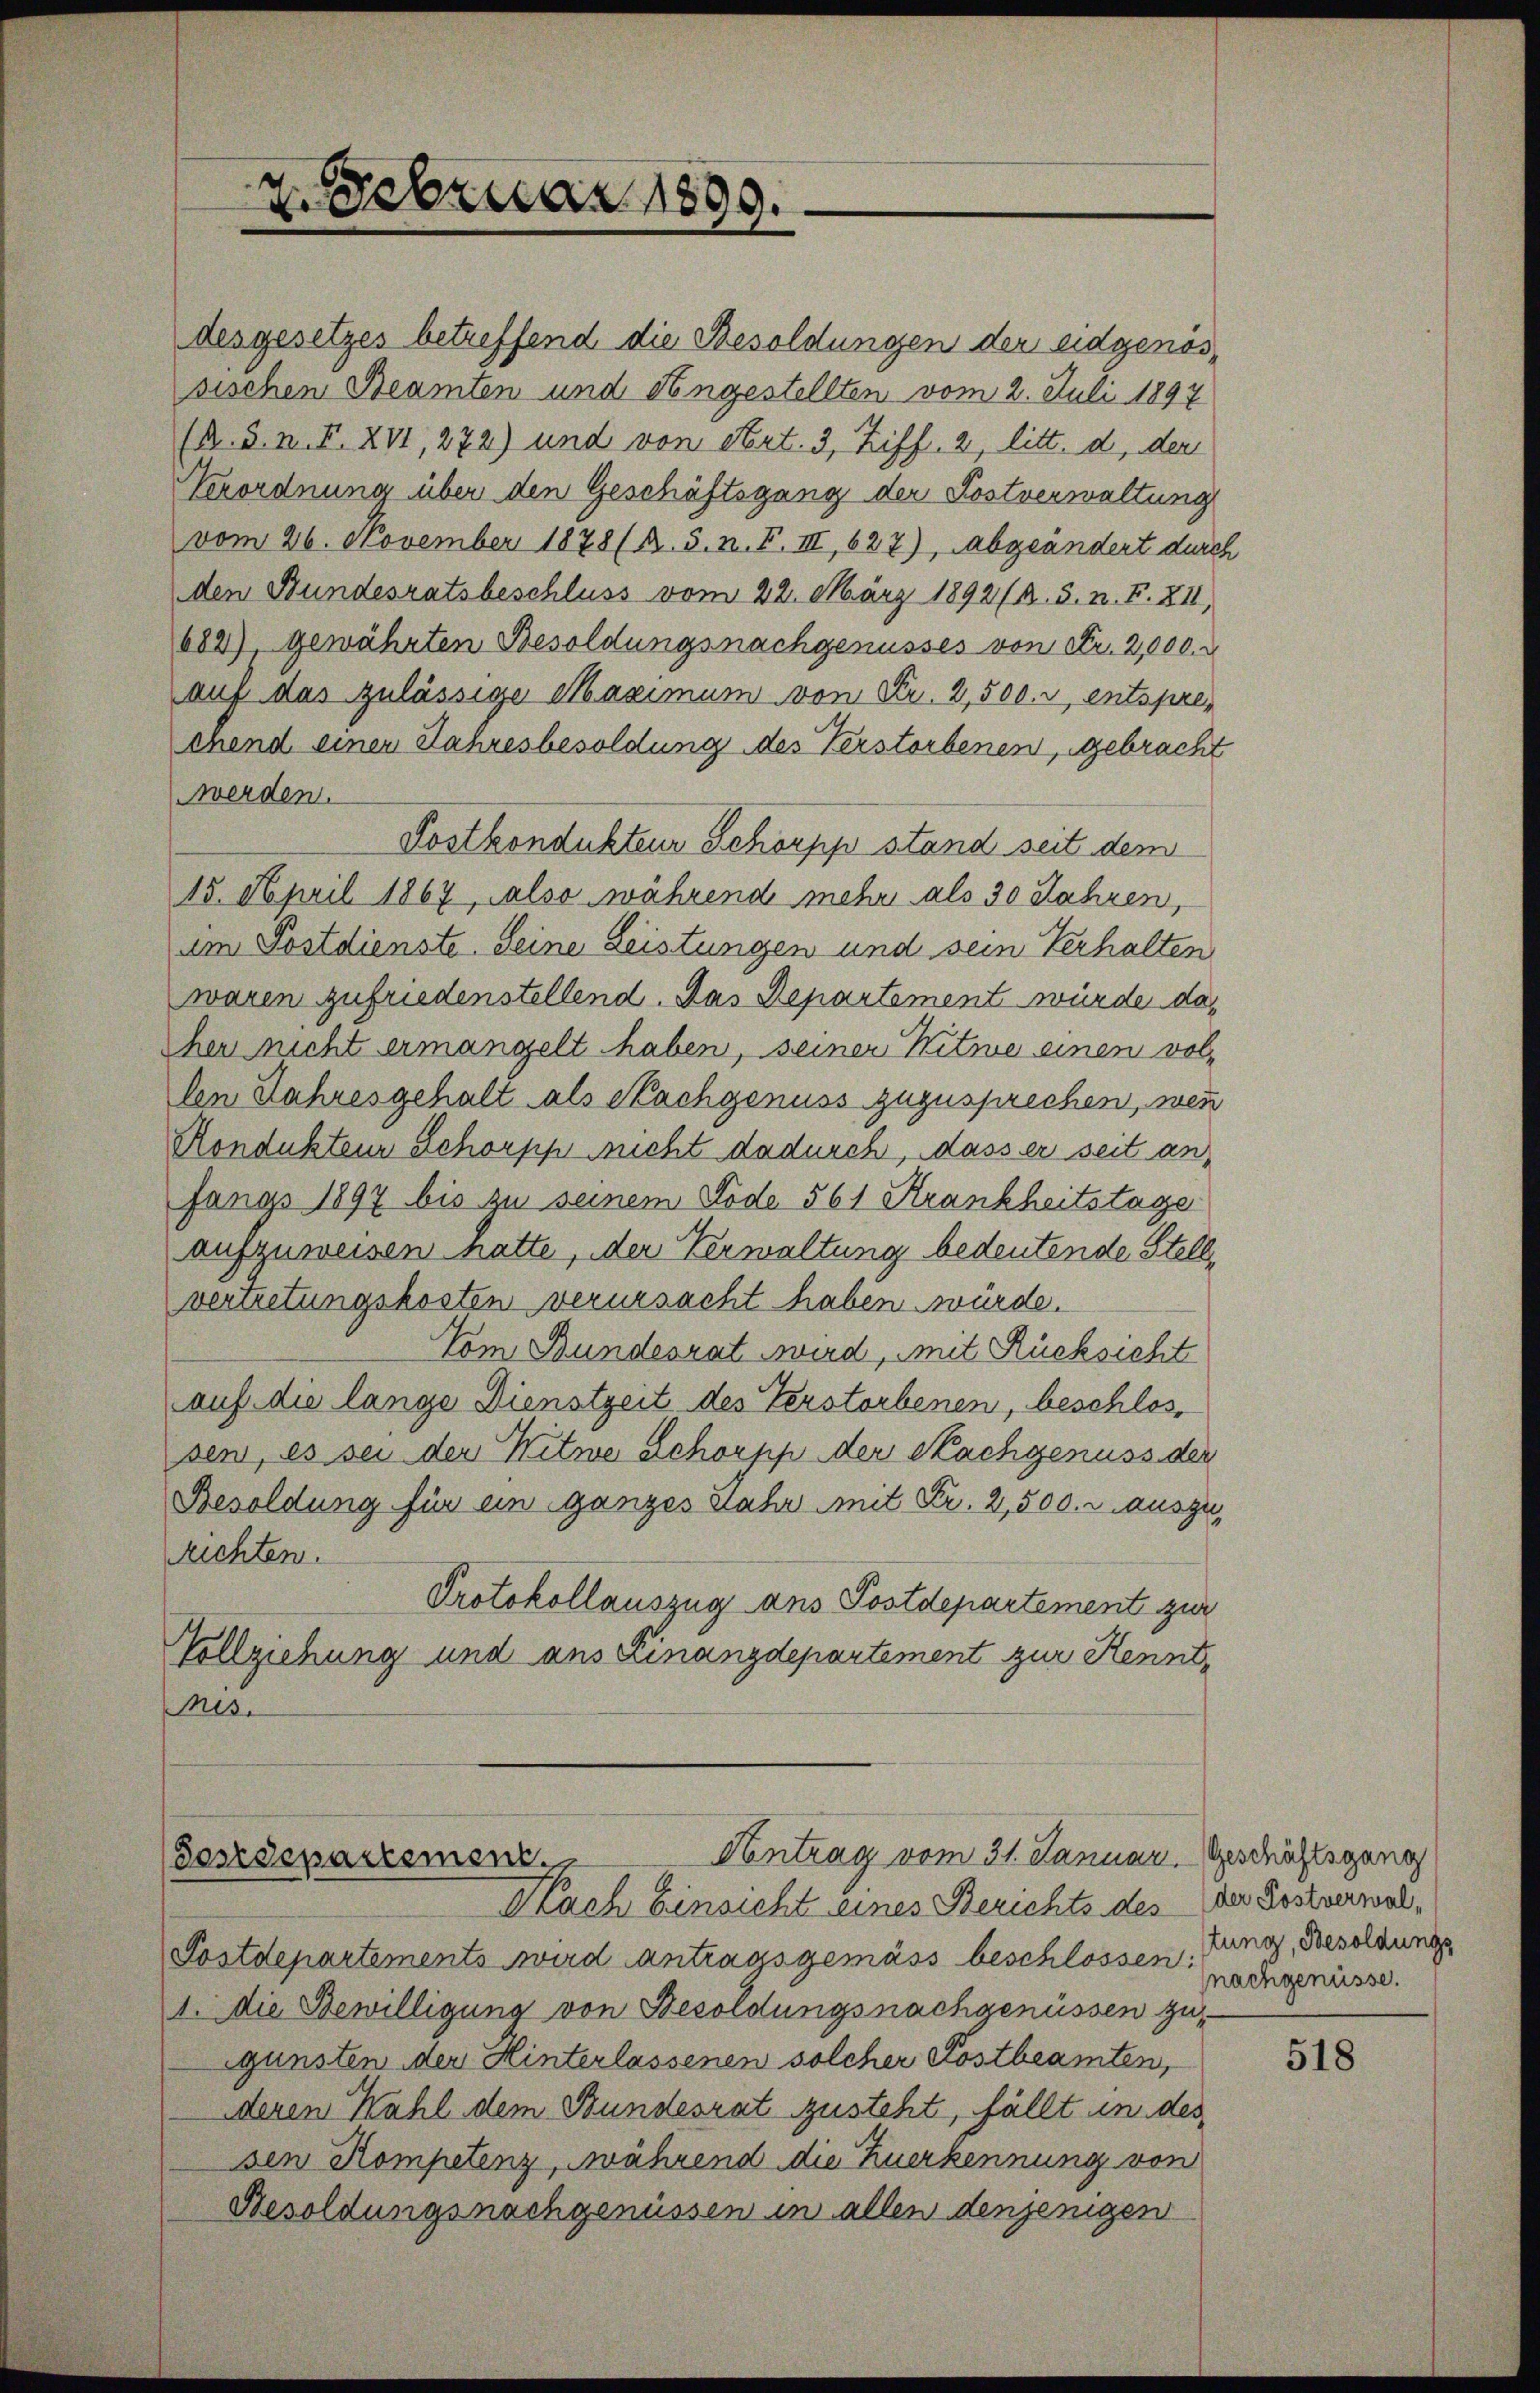
(R. S. n. F. XVI, 272) und von Art. 3, Ziff. 2, litt. d, der
Verordnung über den Geschäftsgang der Postverwaltung
vom 26. November 1878 (s. S. n. F. III 627), abgeändert durch
den Bundesratsbeschluss vom 22. März 1892/4. 5. n. F. 811,
682), gewährten Besoldungsnachgenusses von Fr. 2,000.
auf das zulässige Maximum von Fr. 2,500. r, entspre
chend einen Jahresbesoldung des Verstorbenen, gebracht
werden.
Postkondukten Schörpp stand seit dem
15. April 1867, Also während mehr als 30 Jahren,
am Postdienste. Seine Leistungen und sein Verhalten
waren zufriedenstellend. Das Departement würde da¬
Cher nicht ermangelt haben, seiner Witwe einen vollen Jahresgehalt als Nachgenuss zuzusprechen, wenn
Rondukteur Schorpp nicht dadurch, dass er seit anfangs 1897 bis zu seinem Tode 561 Krankheitstage
aufzuweisen hatte, der Verwaltung bedeutende Stell
vertretungskosten verursacht haben würde.
Vom Bundesrat wird, mit Rücksicht
auf die lange Dienstzeit des Verstorbenen, beschlossen, es sei der Witwe Schorpp der Kachgenuss der
Besoldung für ein ganzes Jahr mit Fr. 2,500. r. auszurichten.
Protokollauszug ans Postdepartement zur
Vollziehung und aus Linanzdepartement zur Kenntes.

7.Februar 1899.

desgesetzes betreffend die Besoldungen der eidgenössischen Beamten und Angestellten vom 2. Juli 1897

Contrag vom 31. Januar. Geschäftsgang
Postdepartement
Nach Einsicht eines Berichts des der Kostverwal¬

Postdepartements wird antragsgemäss beschlossen. Jung, Besoldungs
1. die Bewilligung von Besoldungsnachgenüssen zugunsten der Hinterlassenen solcher Postbeamten,
deren Kahl dem Bundesrat zusteht, fällt in des
sen Kompetenz, während die Zuerkennung von
Besoldungsnachgenüssen in allen denjenigen

nachgenüsse.

518